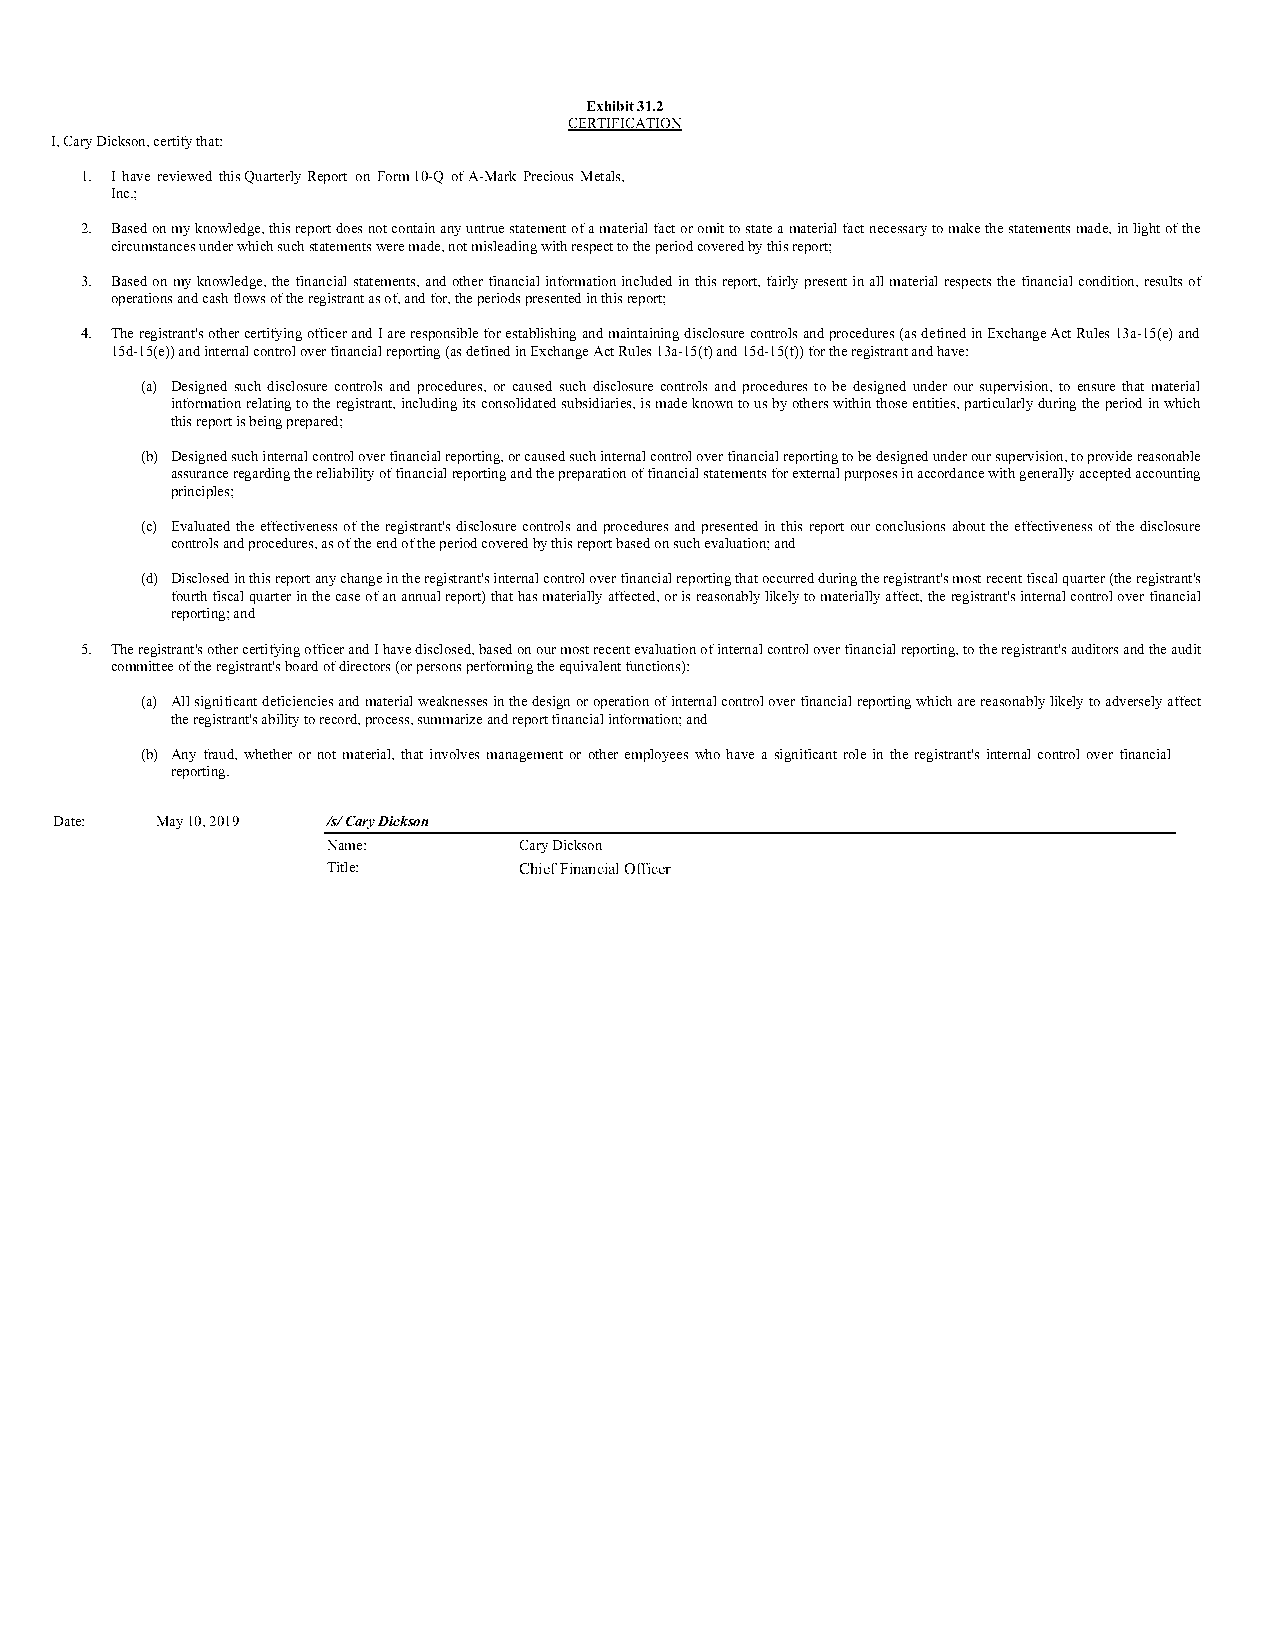
Exhibit 31.2
 CERTIFICATION
 I, Cary Dickson, certify that:
 1. I have reviewed this Quarterly Report on Form 10-Q of A-Mark Precious Metals,
 Inc.;
 2. Based on my knowledge, this report does not contain any untrue statement of a material fact or omit to state a material fact necessary to make the statements made, in light of the
 circumstances under which such statements were made, not misleading with respect to the period covered by this report;
 3. Based on my knowledge, the financial statements, and other financial information included in this report, fairly present in all material respects the financial condition, results of
 operations and cash flows of the registrant as of, and for, the periods presented in this report;
 4. The registrant's other certifying officer and I are responsible for establishing and maintaining disclosure controls and procedures (as defined in Exchange Act Rules 13a-15(e) and
 15d-15(e)) and internal control over financial reporting (as defined in Exchange Act Rules 13a-15(f) and 15d-15(f)) for the registrant and have:
 (a) Designed such disclosure controls and procedures, or caused such disclosure controls and procedures to be designed under our supervision, to ensure that material
 information relating to the registrant, including its consolidated subsidiaries, is made known to us by others within those entities, particularly during the period in which
 this report is being prepared;
 (b) Designed such internal control over financial reporting, or caused such internal control over financial reporting to be designed under our supervision, to provide reasonable
 assurance regarding the reliability of financial reporting and the preparation of financial statements for external purposes in accordance with generally accepted accounting
 principles;
 (c) Evaluated the effectiveness of the registrant's disclosure controls and procedures and presented in this report our conclusions about the effectiveness of the disclosure
 controls and procedures, as of the end of the period covered by this report based on such evaluation; and
 (d) Disclosed in this report any change in the registrant's internal control over financial reporting that occurred during the registrant's most recent fiscal quarter (the registrant's
 fourth fiscal quarter in the case of an annual report) that has materially affected, or is reasonably likely to materially affect, the registrant's internal control over financial
 reporting; and
 5. The registrant's other certifying officer and I have disclosed, based on our most recent evaluation of internal control over financial reporting, to the registrant's auditors and the audit
 committee of the registrant's board of directors (or persons performing the equivalent functions):
 (a) All significant deficiencies and material weaknesses in the design or operation of internal control over financial reporting which are reasonably likely to adversely affect
 the registrant's ability to record, process, summarize and report financial information; and
 (b) Any fraud, whether or not material, that involves management or other employees who have a significant role in the registrant's internal control over financial
 reporting.
 Date: May 10, 2019 /s/ Cary Dickson
 Name:       Cary Dickson
 Title:      Chief Financial Officer